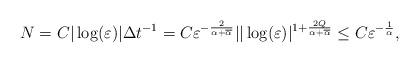
LaTeX: \begin{align*}N=C|\log(\varepsilon)|\Delta t^{-1}=C\varepsilon^{-\frac{2}{\alpha+\overline{\alpha}}}||\log(\varepsilon)|^{1+\frac{2Q}{\alpha+\overline{\alpha}}}\le C\varepsilon^{-\frac{1}{\alpha}},\end{align*}